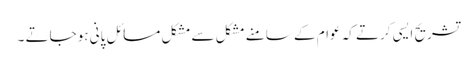
تشریح ایسی کرتے کہ عوام کے سامنے مشکل سے مشکل مسائل پانی ہوجاتے ۔